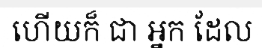
ហើយក៏ ជា អ្នក ដែល